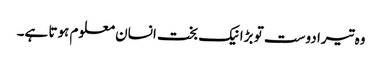
وہ تیرا دوست تو بڑا نیک بخت انسان معلوم ہوتا ہے۔